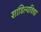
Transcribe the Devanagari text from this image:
शांडिल्यविद्या